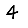
Digit: 4